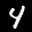
Label: 4